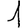
Digit: 1